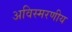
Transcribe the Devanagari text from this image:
अविस्‍मरणीय